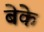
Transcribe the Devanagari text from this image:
बेके